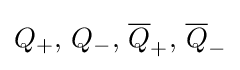
Q_{+},\,Q_{-},\,{\overline {Q}}_{+},\,{\overline {Q}}_{-}